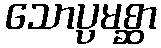
သောပ္ပမစ္ဆာ